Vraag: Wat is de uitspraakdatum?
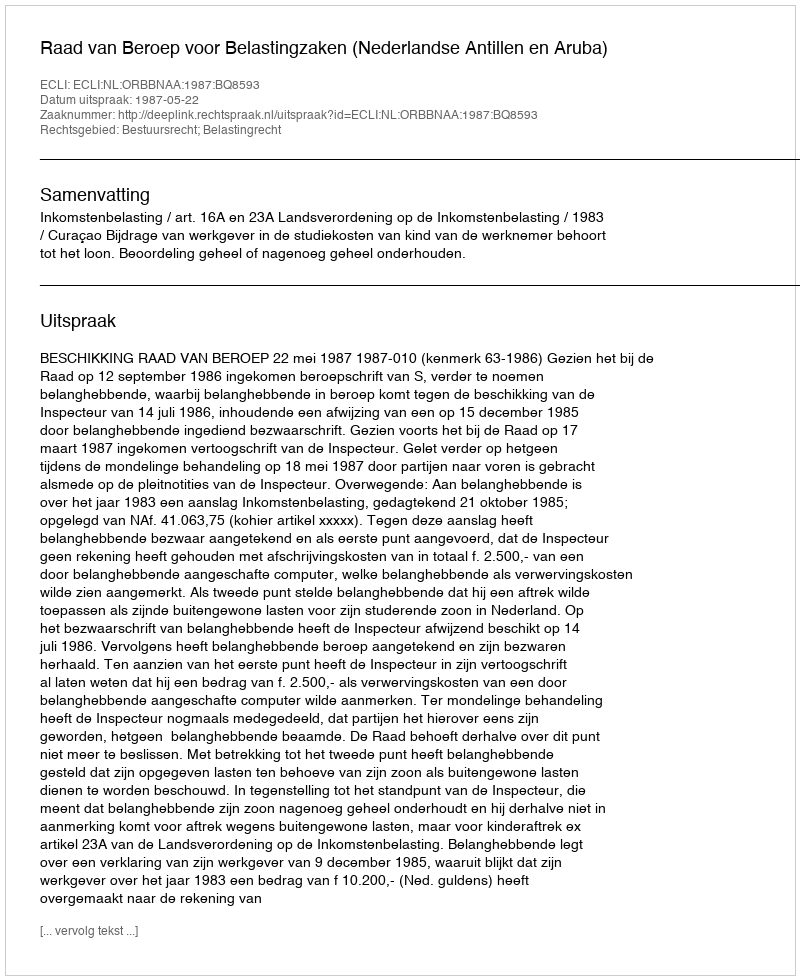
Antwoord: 1987-05-22